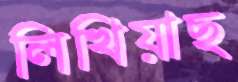
লিখিয়াছ